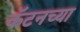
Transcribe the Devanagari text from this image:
कॅटनच्या